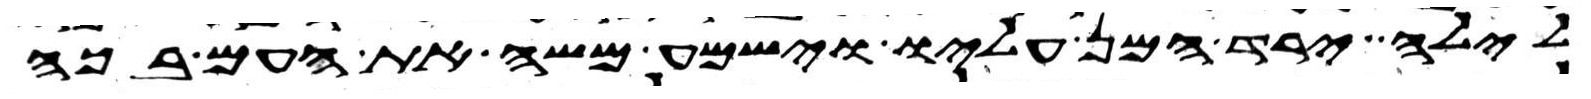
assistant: לילה ירד המן עליו וישמע משה את העם בכה